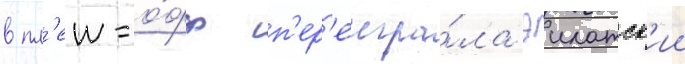
в пл'еи-о́фф п'ер'еигра́ла эилатск'ии